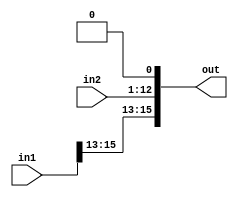
module shiftconcat (input[15:0] in1, input[11:0] in2, output reg[15:0] out);
reg[11:0] temp;
always @ (in1,in2) begin
	out = {in1[15:13],in2,1'b0};
end

endmodule